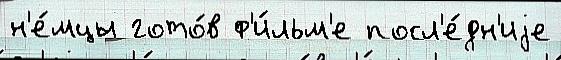
н'е́мцы гото́в ф'и́льм'е посл'е́дн'иjе